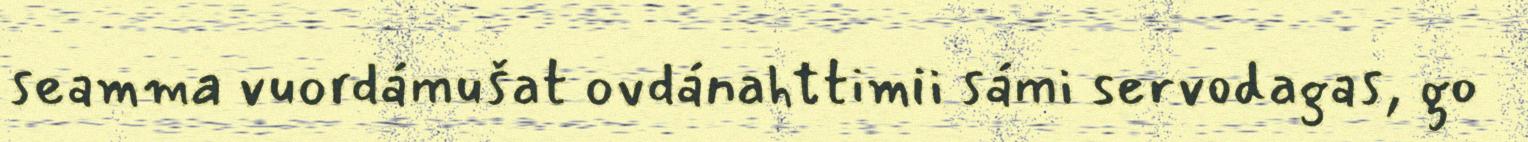
seamma vuordámušat ovdánahttimii sámi servodagas, go